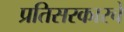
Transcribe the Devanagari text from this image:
प्रतिसरकारचे